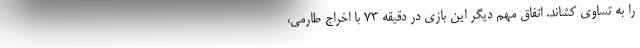
را به تساوی کشاند. اتفاق مهم دیگر این بازی در دقیقه 73 با اخراج طارمی،